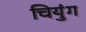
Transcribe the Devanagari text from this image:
चियुंग